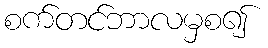
စက်တင်ဘာလမှစ၍